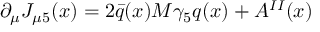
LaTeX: \partial _ { \mu } J _ { \mu 5 } ( x ) = 2 \bar { q } ( x ) M \gamma _ { 5 } q ( x ) + A ^ { I I } ( x )